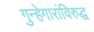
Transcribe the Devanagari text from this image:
गुन्हेगारांविरुद्ध